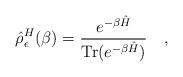
LaTeX: \begin{align*}\hat{\rho}^H_\epsilon(\beta)={e^{-\beta \hat{H}} \over\mbox{Tr}(e^{-\beta \hat{H}}) }~~~,\end{align*}